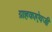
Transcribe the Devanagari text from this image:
ग्राहकाऐवजी